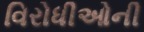
વિરોધીઓની